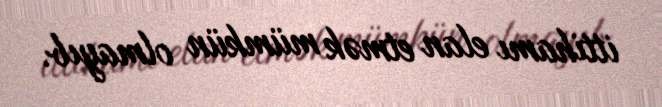
ittihamı elan etmək mümkün olmayıb.